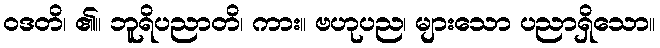
ဝဒတိ၊ ၏။ ဘူရိပညာတိ၊ ကား။ ဗဟုပည၊ များသော ပညာရှိသော။